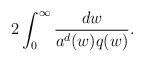
LaTeX: \begin{align*}2 \int_{0}^{\infty} \frac{d w}{a^d(w) q(w)}. \end{align*}